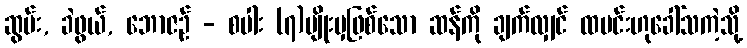
ဆွမ်း, ခဲဖွယ်, ဘောဇဉ် - စပါး (၇)မျိုးမှဖြစ်သော ဆန်ကို ချက်လျှင် ထမင်းဟုခေါ်သကဲ့သို့